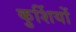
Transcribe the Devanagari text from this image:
कुर्शियों